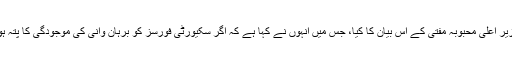
ویسے جموں و کشمیر کی وزیر اعلی محبوبہ مفتی کے اس بیان کا کیا، جس میں انہوں نے کہا ہے کہ اگر سکیورٹی فورسز کو برہان وانی کی موجودگی کا پتہ ہوتا تو حالات کچھ اور ہوتے؟